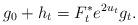
LaTeX: \begin{align*}g_0 +h_t=F_t^{\ast}e^{2u_t}g_t.\end{align*}